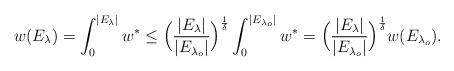
LaTeX: \begin{align*}w(E_\lambda)=\int_0 ^{|E_\lambda|} w^* \leq \Big(\frac{|E_\lambda|}{|E_{\lambda_o}|}\Big)^\frac{1}{\delta} \int_0 ^{|E_{\lambda_o}|}w^*= \Big(\frac{|E_\lambda|}{|E_{\lambda_o}|}\Big)^\frac{1}{\delta} w(E_{\lambda_o}).\end{align*}